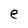
Character: e